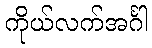
ကိုယ်လက်အင်္ဂါ